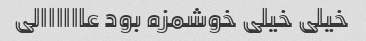
خیلی خیلی خوشمزه بود عاااااالی